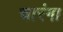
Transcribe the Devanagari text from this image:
चारंगा